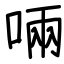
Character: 啢